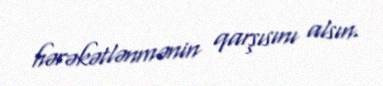
hərəkətlənmənin qarşısını alsın.